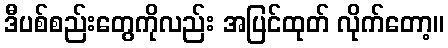
ဒီပစ်စည်းတွေကိုလည်း အပြင်ထုတ် လိုက်တော့။